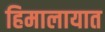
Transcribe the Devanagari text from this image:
हिमालायात